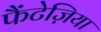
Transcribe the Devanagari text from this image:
फैंटेज़िया